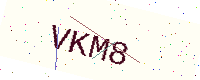
Text: VKM8